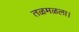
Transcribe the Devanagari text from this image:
तळमळला।